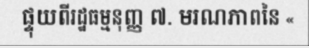
ផ្ទុយពីរដ្ឋធម្មនុញ្ញ ៧. មរណភាពនៃ «